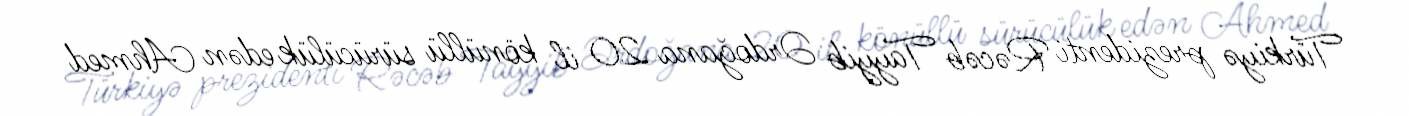
Türkiyə prezidenti Rəcəb Tayyib Ərdoğana 20 il könüllü sürücülük edən Ahmed